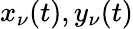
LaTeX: x_{\nu}(t),y_{\nu}(t)